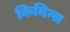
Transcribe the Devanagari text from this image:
किमिन्स